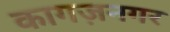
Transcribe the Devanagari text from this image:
कागज़नगर